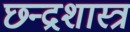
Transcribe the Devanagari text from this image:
छ्न्द्रशास्त्र